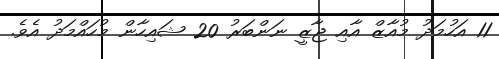
11 އަހުމަދު މުއާޒް އާއި ޖާޒީ ނަންބަރު 20 ޝައިހާން މުހައްމަދު އެވެ.